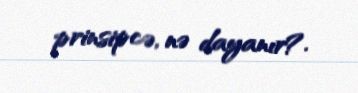
prinsipcə, nə dayanır?.